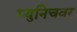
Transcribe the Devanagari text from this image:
म्युनिचवर